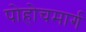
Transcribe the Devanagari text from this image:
पोहोचमार्ग